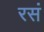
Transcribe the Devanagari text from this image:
रसं